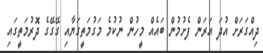
ދިއްގަރަށް އުދަ އަރަން ފެށުމުން ބައެއް މީހުން ނުކުމެ މަގުމަތީގަޔާއި ގޭގޭގެ ދޮރުމަތީގައި